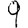
Digit: 9